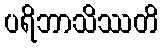
ပရိဘာသိဿတိ